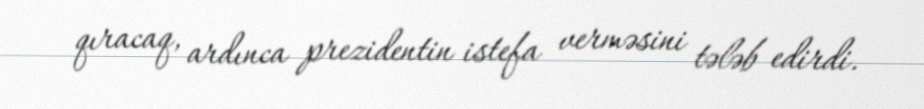
qıracaq, ardınca prezidentin istefa verməsini tələb edirdi.